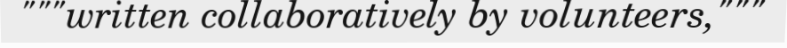
"""written collaboratively by volunteers,"""